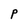
Character: P